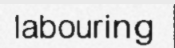
labouring